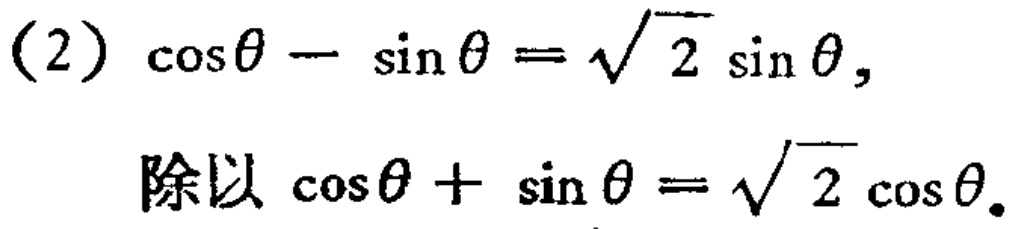
(2) \(\cos\theta - \sin\theta=\sqrt{2}\sin\theta\),

除以 \(\cos\theta + \sin\theta=\sqrt{2}\cos\theta\).